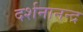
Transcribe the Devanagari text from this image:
दर्शनानन्‍द